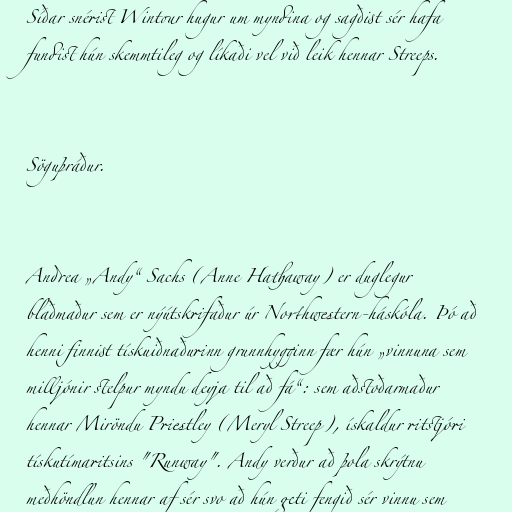
Síðar snérist Wintour hugur um myndina og sagðist sér hafa
fundist hún skemmtileg og líkaði vel við leik hennar Streeps.

Söguþráður.

Andrea „Andy“ Sachs (Anne Hathaway) er duglegur
blaðmaður sem er nýútskrifaður úr Northwestern-háskóla. Þó að
henni finnist tískuiðnaðurinn grunnhygginn fær hún „vinnuna sem
milljónir stelpur myndu deyja til að fá“: sem aðstoðarmaður
hennar Miröndu Priestley (Meryl Streep), ískaldur ritstjóri
tískutímaritsins "Runway". Andy verður að þola skrýtnu
meðhöndlun hennar af sér svo að hún geti fengið sér vinnu sem